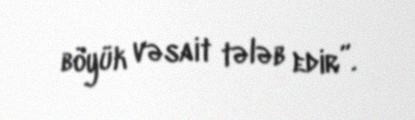
böyük vəsait tələb edir”.